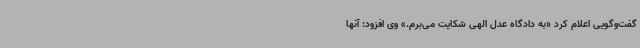
گفت‌وگویی اعلام کرد «به دادگاه عدل الهی شکایت می‌برم.» وی افزود: آنها